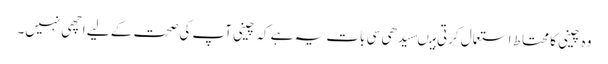
وہ چینی کا محتاط استعمال کرتی ہیںسیدھی سی بات یہ ہے کہ چینی آپ کی صحت کے لیے اچھی نہیں۔